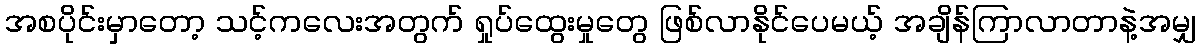
အစပိုင်းမှာတော့ သင့်ကလေးအတွက် ရှုပ်ထွေးမှုတွေ ဖြစ်လာနိုင်ပေမယ့် အချိန်ကြာလာတာနဲ့အမျှ